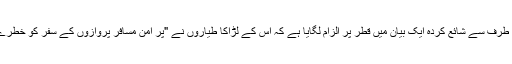
متحدہ عرب امارات کی سول ایوی ایشن اتھارٹی نے سرکاری خبر رساں ایجنسی کی طرف سے شائع کردہ ایک بیان میں قطر پر الزام لگایا ہے کہ اس کے لڑاکا طیاروں نے "پر امن مسافر پروازوں کے سفر کو خطرے میں ڈالا” اور بین الاقوامی قوانین اور معاہدوں کی خلاف ورزی کا مرتکب ہوا ہے۔